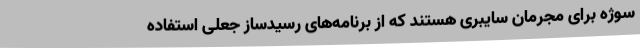
سوژه برای مجرمان سایبری هستند که از برنامه‌های رسیدساز جعلی استفاده